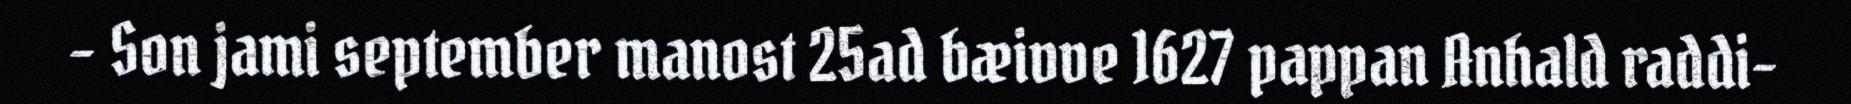
– Son jami september manost 25ad bæivve 1627 pappan Anhald raddi-